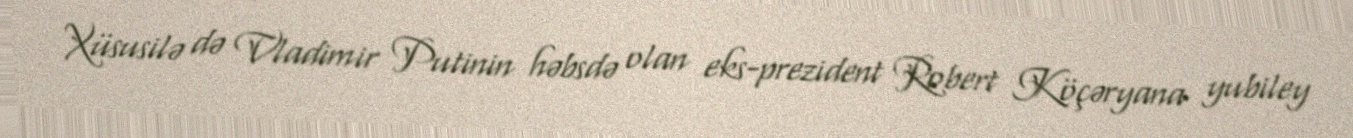
Xüsusilə də Vladimir Putinin həbsdə olan eks-prezident Robert Köçəryana yubiley